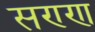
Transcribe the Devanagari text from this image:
सण्ण